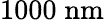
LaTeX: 1000\; \mathrm{nm}